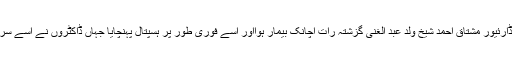
لعل پورہ کہلیل ترال کے سو مو ڈارئیور مشتاق احمد شیخ ولد عبد الغنی گزشتہ رات اچانک بیمار ہوااور اسے فوری طور پر ہسپتال پہنچایا جہاں ڈاکٹروں نے اسے سرینگر منتقل کرنے کی ہدایت دی۔